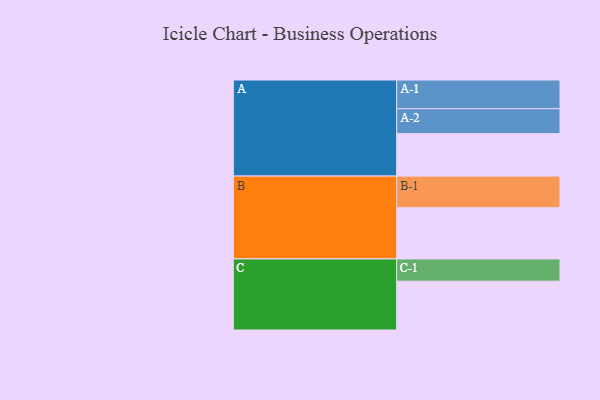
{"axis": {"x": "Segment", "y": "Value"}, "legend": ["", "A", "B", "C"], "data": [{"x": "A", "y": 336, "type": ""}, {"x": "B", "y": 405, "type": ""}, {"x": "C", "y": 386, "type": ""}, {"x": "A-1", "y": 227, "type": "A"}, {"x": "A-2", "y": 197, "type": "A"}, {"x": "B-1", "y": 250, "type": "B"}, {"x": "C-1", "y": 176, "type": "C"}]}